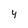
Character: 4